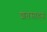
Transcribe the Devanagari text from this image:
शतसाहस्रं